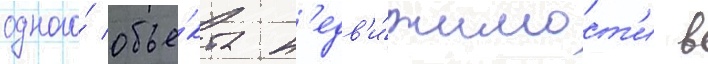
одного́ объе́кта н'едв'и́жимост'и в